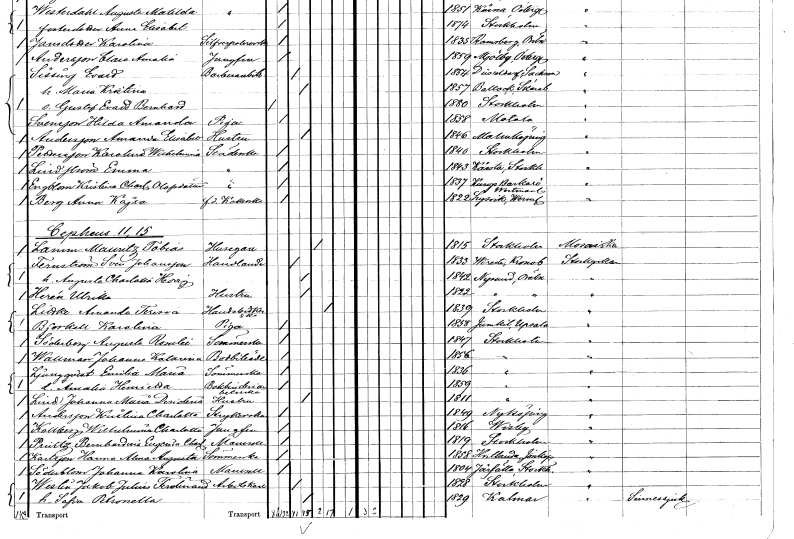
gt_parse: households: individuals: FN: Amanda Elisabet
EN: Andersson
YRKE: Hustru
KON: K
CIV: G
FODAR: 1846
FODFORS: Malmköping Södermanlands län
FN: Karolina Wilhelmina
EN: Pettersson
YRKE: Städerska
KON: K
CIV: O
FODAR: 1840
FODFORS: Stockholm
FN: Emma
EN: Lindström
YRKE: Städerska
KON: K
CIV: O
FODAR: 1843
FODFORS: Kårsta Stockholms län
FN: Kristina Charlotta
EN: Engblom Olofsdotter
YRKE: Städerska
KON: K
CIV: O
FODAR: 1837
FODFORS: Kungs-Barkarö Västmanlands län
FN: Anna Kajsa
EN: Berg
YRKE: Kokerska f.d.
KON: K
CIV: O
FODAR: 1822
FODFORS: Lysvik Värmlands län
FN: Mauritz Tobias
EN: Lamm
YRKE: Husägare
KON: M
CIV: E
FODAR: 1815
FODFORS: Stockholm
FN: Sven
EN: Fernström Johansson
YRKE: Handlande
KON: M
CIV: G
FODAR: 1833
FODFORS: Virestad Kronobergs län
FN: Augusta Charlotta Hedvig
KON: K
CIV: G
FODAR: 1842
FODFORS: Nysund Örebro län
FN: Ulrika
EN: Herén
YRKE: Hustru
KON: K
CIV: G
FODAR: 1822
FODFORS: Nysund Örebro län
FN: Amanda Teresia
EN: Littke
YRKE: Handelsidkerska
KON: K
CIV: E
FODAR: 1839
FODFORS: Stockholm
FN: Karolina
EN: Björkell
YRKE: Piga
KON: K
CIV: O
FODAR: 1858
FODFORS: Jumkil Uppsala län
FN: Augusta Rosalie
EN: Söderberg
YRKE: Sömmerska
KON: K
CIV: O
FODAR: 1847
FODFORS: Stockholm
FN: Johanna Katarina
EN: Wallman
YRKE: Bodbiträde
KON: K
CIV: O
FODAR: 1856
FODFORS: Stockholm
FN: Emilia Maria
EN: Ljungqvist
YRKE: Sömmerska
KON: K
CIV: O
FODAR: 1836
FODFORS: Stockholm
FN: Amalia Henrietta
YRKE: Bokbinderiarbeterska
KON: K
CIV: O
FODAR: 1859
FODFORS: Stockholm
FN: Johanna Maria Desideria
EN: Lind
YRKE: Hustru
KON: K
CIV: G
FODAR: 1811
FODFORS: Stockholm
FN: Kristina Charlotta
EN: Andersson
YRKE: Strykerska
KON: K
CIV: O
FODAR: 1849
FODFORS: Nyköping Södermanlands län
FN: Wilhelmina Charlotta
EN: Kallberg
YRKE: Jungfru
KON: K
CIV: O
FODAR: 1816
FODFORS: Visby Gotlands län
FN: Bernhardina Eugenia Charlotta
EN: Prütz
KON: K
CIV: O
FODAR: 1819
FODFORS: Stockholm
FN: Hanna Alma Augusta
EN: Karlsson
YRKE: Sömmerska
KON: K
CIV: O
FODAR: 1858
FODFORS: Vetlanda Jönköpings län
FN: Johanna Karolina
EN: Söderblom
KON: K
CIV: O
FODAR: 1804
FODFORS: Järfälla Stockholms län
FN: Jakob Julius Ferdinand
EN: Westin
YRKE: Arbetskarl
KON: M
CIV: G
FODAR: 1828
FODFORS: Stockholm
FN: Sofia Petronella
KON: K
CIV: G
FODAR: 1829
FODFORS: Kalmar Kalmar län